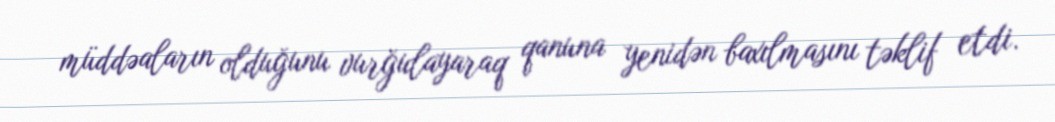
müddəaların olduğunu vurğulayaraq qanuna yenidən baxılmasını təklif etdi.